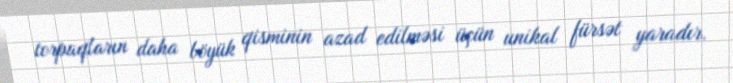
torpaqların daha böyük qisminin azad edilməsi üçün unikal fürsət yaradır.